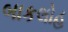
બાકલોહ